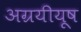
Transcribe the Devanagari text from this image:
अग्रयीयूष